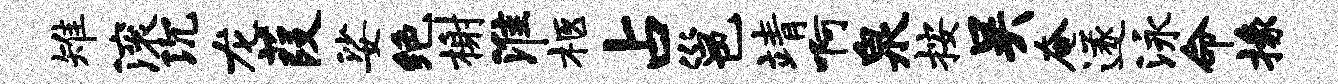
雉滚沉龙葭娑绝榭淮柩占邕靖啊泉按吴奄遂泳命掾